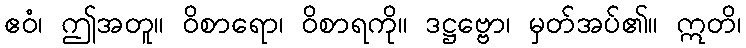
ဧဝံ၊ ဤအတူ။ ဝိစာရော၊ ဝိစာရကို။ ဒဋ္ဌဗ္ဗော၊ မှတ်အပ်၏။ ဣတိ၊